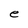
Character: e